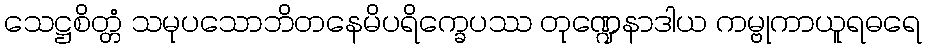
သေဋ္ဌစိတ္တံ သမုပသောဘိတနေမိပရိက္ခေပဿ တုဏ္ဍေနာဒါယ ကမ္ဗုကာယူရဓရေ